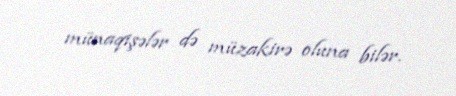
münaqişələr də müzakirə oluna bilər.